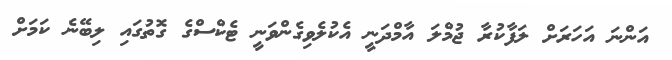
އަންނަ އަހަރަށް ލަފާކުރާ ޖުމްލަ އާމްދަނީ އެކުލެވިގެންވަނީ ޓެކްސްގެ ގޮތުގައި ލިބޭނެ ކަމަށް